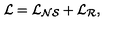
\cal { L } = \cal { L } _ { N S } + \cal { L } _ { R } ,